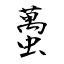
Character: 蠆